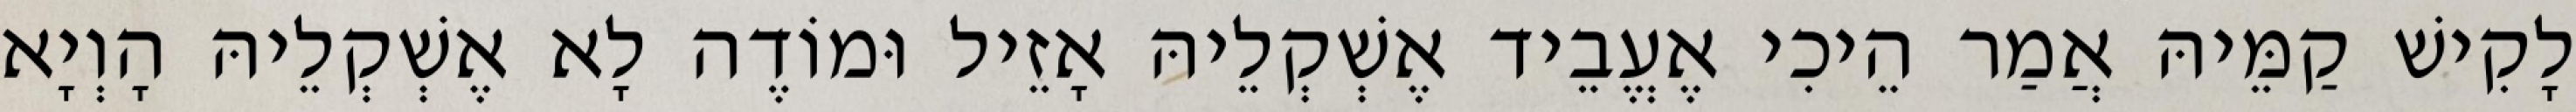
לָקִישׁ קַמֵּיהּ אֲמַר הֵיכִי אֶעֱבֵיד אֶשְׁקְלֵיהּ אָזֵיל וּמוֹדֶה לָא אֶשְׁקְלֵיהּ הָוְיָא